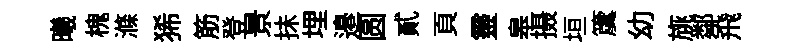
曦槐滌狶筋登景抺埋邉圆貳頁靈皋摄垣𥵂幼旐鄰飛